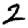
Digit: 2